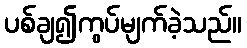
ပစ်ချ၍ကွပ်မျက်ခဲ့သည်။